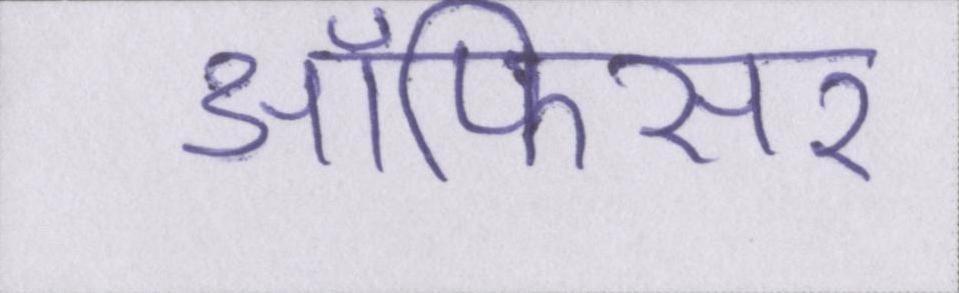
ऑफिसर